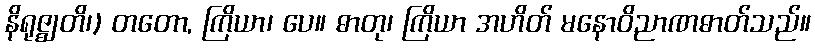
နိရုဇ္ဈတိ၊) တတော, ကြိယာ၊ ပေ။ ဓာတု၊ ကြိယာ အဟိတ် မနောဝိညာဏဓာတ်သည်။